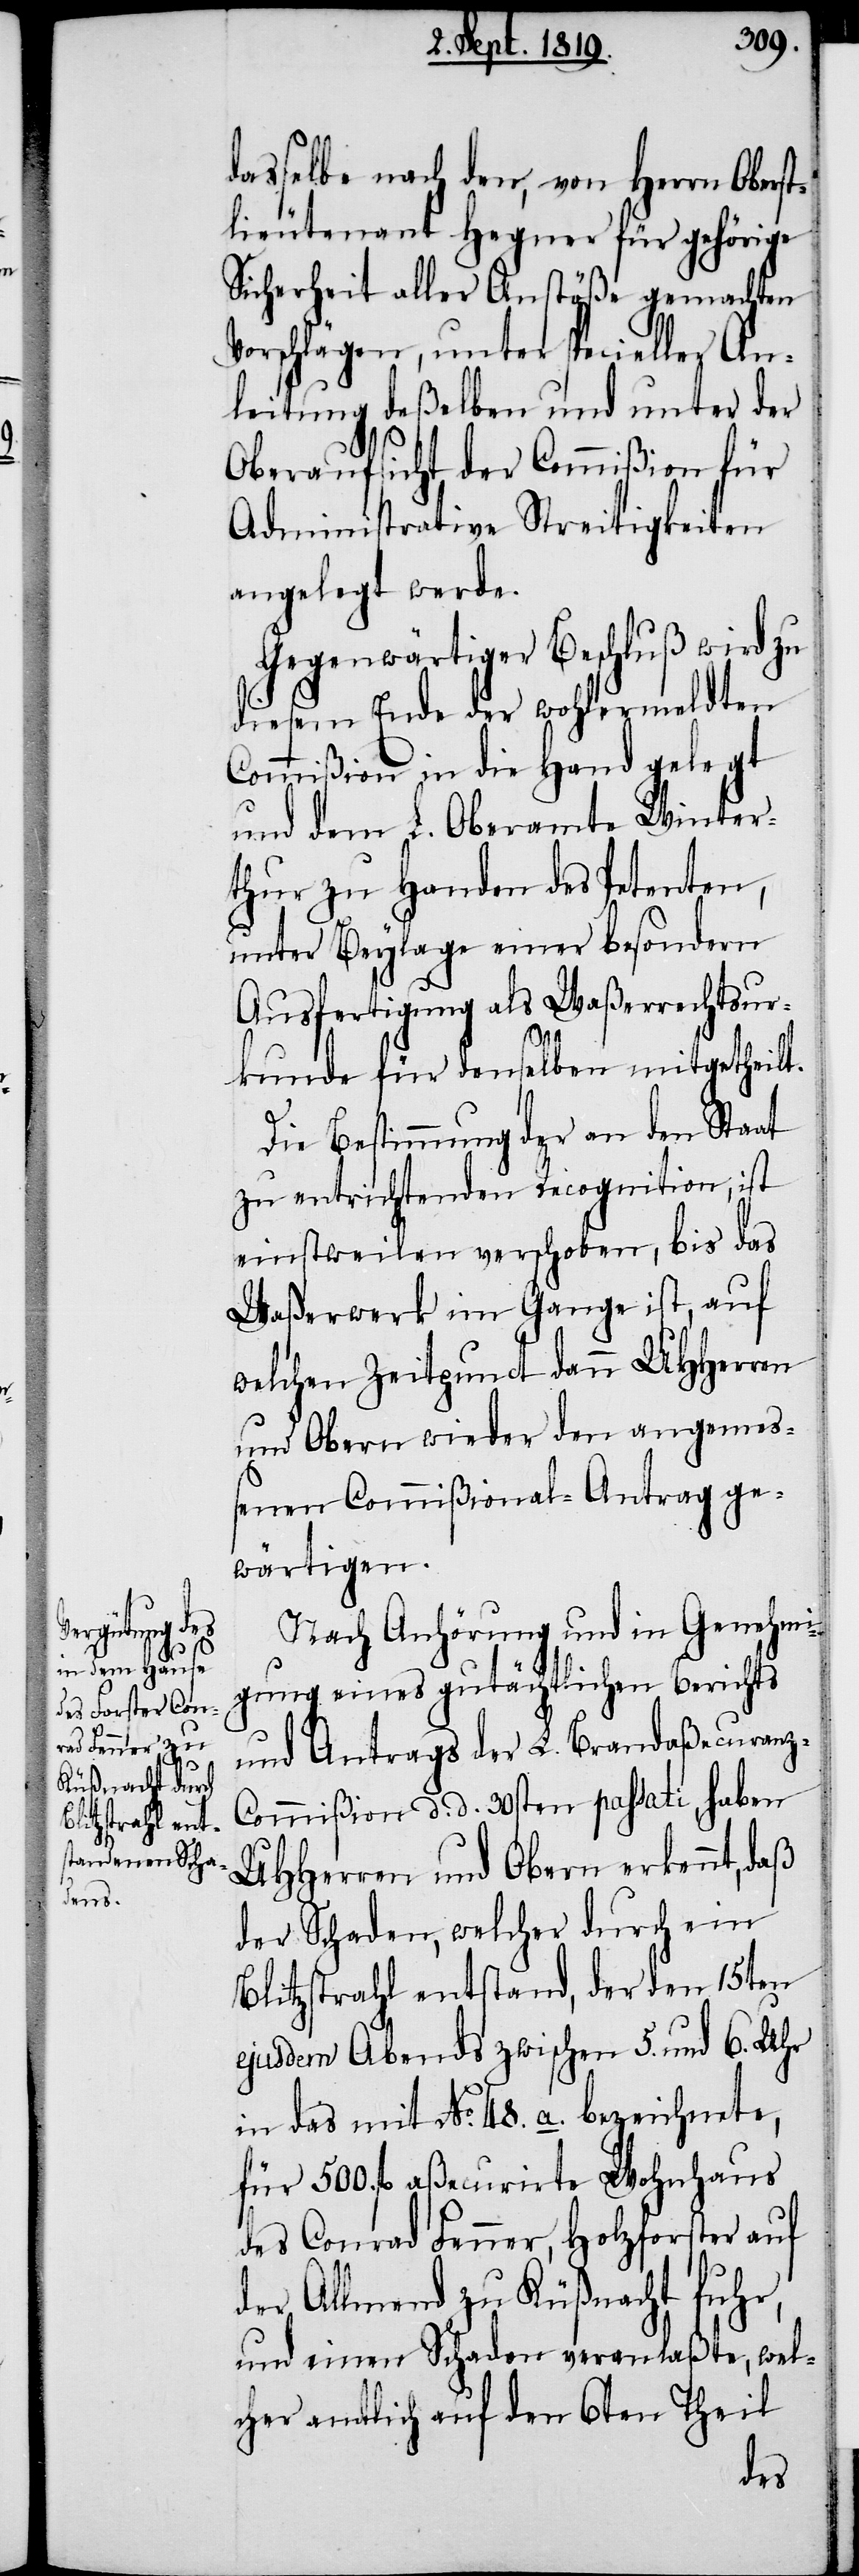
cher andlich

dasselbe nach den, von Herrn Oberst¬
lieutenant Hegner für gehörige
Sicherheit aller Anstöße gemachten
Vorschlägen, unter specieller An¬
leitung deßelben und unter der
Oberaufsicht der Commißion für
Administrative Streitigkeiten
angelegt werde.
Gegenwärtiger Beschluß wird zu
diesem Ende der wohlermeldten
Commißion in die Hand gelegt
und dem L. Oberamte Winter¬
thur zu Handen des Petenten,
unter Beylage einer besondern
Ausfertigung als Waßerrechtsur¬
z-C¬
kunde für denselben mitgetheilt.
Die Bestimmung der an den Staat
zu entrichtenden Recognition, ist
einstweilen verschoben, bis das
Waßerwerk im Gange ist, auf
welchen Zeitpunct dann UHHerren
und Obern wieder den angemes¬
senen Commißional-Antrag ge¬
wärtigen.
Nach Anhörung und in Genehmi¬
gung eines gutächtlichen Berichts
und Antrags der L. Brandaßecuran¬
ommißion d. d. 30sten passati, haben
UHHerren und Obern erkennt, daß
der Schaden, welcher durch ein
Blitzstrahl entstand, der den 15ten
ejusdem Abends zwischen 5. und 6. Uhr
in das mit No. 48. a. bezeichnete,
für 500. fl. aßecurirte Wohnhaus
des Conrad Fenner, Holzforster auf
der Allmend zu Küßnacht fuhr,
und einen Schaden veranlaßte, wel¬
den